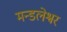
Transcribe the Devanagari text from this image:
मन्डलेश्वर